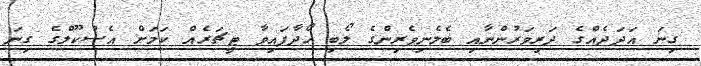
ގިނަ އަދަދެއްގެ ދަރިވަރުންނާއި ބެލެނިވެރިންގެ ލޯބި ހޯދާފައިވާ ޓީޗަރެއް ކަަމަށް އެސުކޫލްގެ ގިނަ